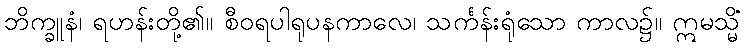
ဘိက္ခူနံ၊ ရဟန်းတို့၏။ စီဝရပါရုပနကာလေ၊ သင်္ကန်းရုံသော ကာလ၌။ ဣမသ္မိံ